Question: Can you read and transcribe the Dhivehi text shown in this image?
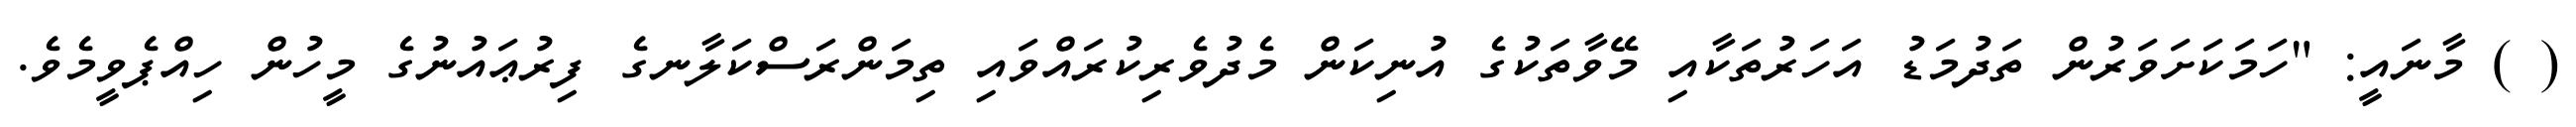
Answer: ( ) މާނައީ: "ހަމަކަށަވަރުން ތަދުމަޑު އަހަރުތަކާއި މޭވާތަކުގެ އުނިކަން މެދުވެރިކުރައްވައި ތިމަންރަސްކަލާނގެ ފިރުޢައުނުގެ މީހުން ހިއްޕެވީމެވެ.